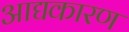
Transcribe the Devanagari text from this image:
आद्यकारण